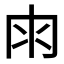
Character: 𠕒